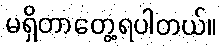
မရှိတာတွေ့ရပါတယ်။